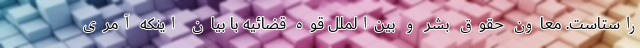
راستاست. معاون حقوق بشر و بین‌الملل قوه قضائیه با بیان اینکه آمری